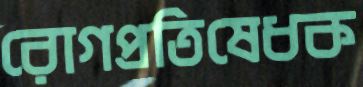
রোগপ্রতিষেধক